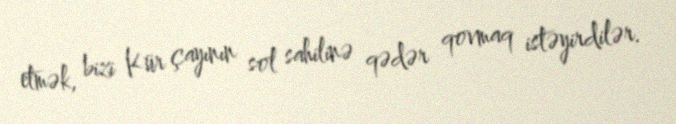
etmək, bizi Kür çayının sol sahilinə qədər qovmaq istəyirdilər.